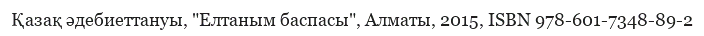
Қазақ әдебиеттануы, "Елтаным баспасы", Алматы, 2015, ISBN 978-601-7348-89-2